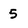
Character: 5